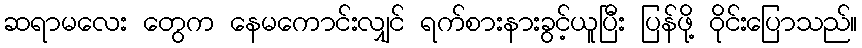
ဆရာမလေး တွေက နေမကောင်းလျှင် ရက်စားနားခွင့်ယူပြီး ပြန်ဖို့ ဝိုင်းပြောသည်။